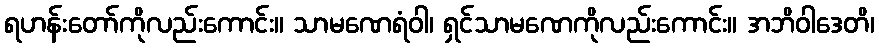
ရဟန်းတော်ကိုလည်းကောင်း။ သာမဏေရံဝါ၊ ရှင်သာမဏေကိုလည်းကောင်း။ အဘိဝါဒေတိ၊